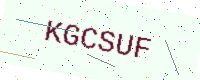
Text: KGCSUF